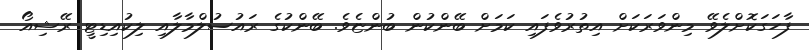
ފާހަގަކޮށްލެވޭ މިންވަރަކަށް އިތުރުވެފައި ކަމަށް ބޭންކުން ބުންޏެވެ. ބޭންކުގެ ރައުސުލްމާލާއި ލިކުއިޑިޓީ ރޭޝިއޯ